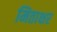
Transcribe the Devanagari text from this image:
मिताक्षर